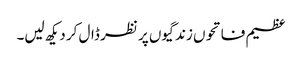
عظیم فاتحوں زندگیوں پر نظر ڈال کر دیکھ لیں۔